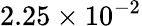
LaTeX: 2.25\times 10^{-2}